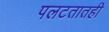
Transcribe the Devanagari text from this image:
पलटतातही